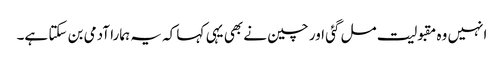
انہیں وہ مقبولیت مل گئی اور چین نے بھی یہی کہا کہ یہ ہمارا آدمی بن سکتا ہے۔